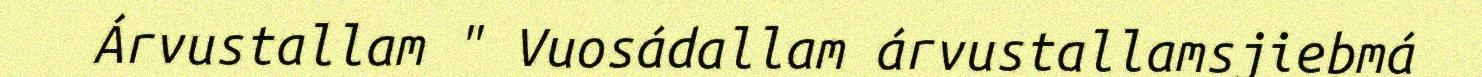
Árvustallam " Vuosádallam árvustallamsjiebmá